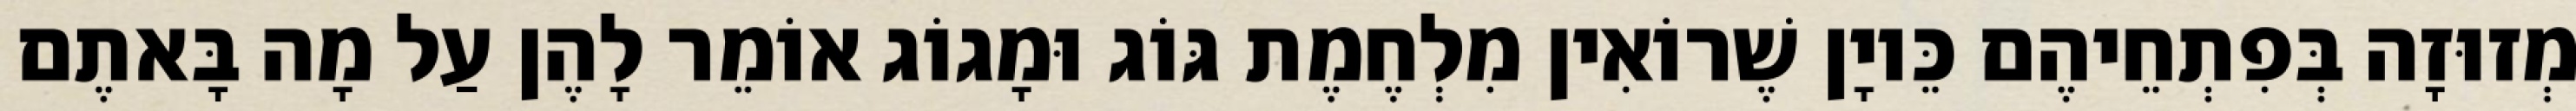
מְזוּזָה בְּפִתְחֵיהֶם כֵּיוָן שֶׁרוֹאִין מִלְחֶמֶת גּוֹג וּמָגוֹג אוֹמֵר לָהֶן עַל מָה בָּאתֶם